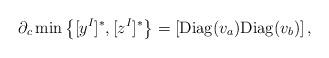
LaTeX: \begin{align*} \partial_c \min\left\{ [y^I]^*, [z^I]^*\right\}=\left[{\rm Diag}(v_a) {\rm Diag}(v_b)\right], \end{align*}